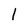
Character: l